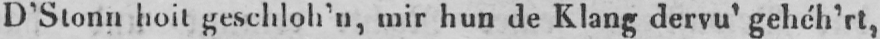
D’Stonn hoit geschloh’n, mir hun de Klang dervu’ gehéh’rt,